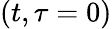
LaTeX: (t,\tau=0)